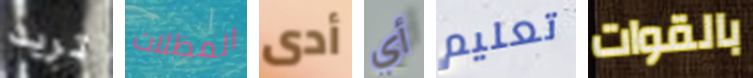
تريد المظلات أدى أي تعليم بالقوات